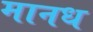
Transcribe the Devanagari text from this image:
मानध